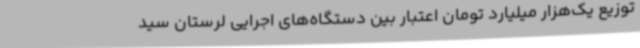
توزیع یک‌هزار میلیارد تومان اعتبار بین دستگاه‌های اجرایی لرستان سید